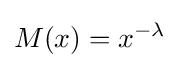
M(x)=x^{-\lambda }